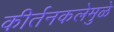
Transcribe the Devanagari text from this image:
कीर्तनकलेमुळे